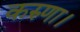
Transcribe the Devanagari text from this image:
करुणा।